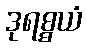
ဒုရစ္စယံ